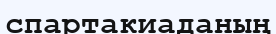
спартакиаданың